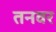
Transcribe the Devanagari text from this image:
तनवर